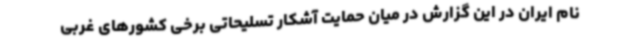
نام ایران در این گزارش در میان حمایت آشکار تسلیحاتی برخی کشورهای غربی